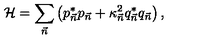
{ \cal H } = \sum _ { \vec { n } } \left( p _ { \vec { n } } ^ { * } p _ { \vec { n } } + \kappa _ { \vec { n } } ^ { 2 } q _ { \vec { n } } ^ { * } q _ { \vec { n } } \right) ,